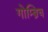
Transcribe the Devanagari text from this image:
गोम्ब्रिच